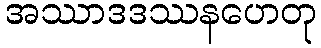
အဿာဒဒဿနဟေတု